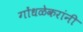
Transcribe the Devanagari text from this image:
गोंधळेकरांनी